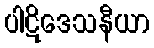
ပါဋိဒေသနီယာ